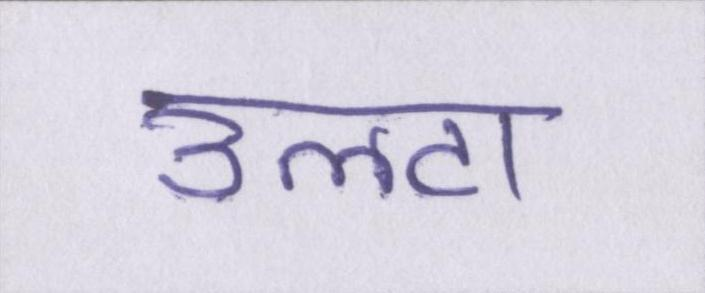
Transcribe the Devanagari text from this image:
उलटा